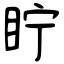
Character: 眝